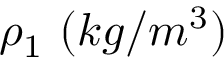
\rho _ { 1 } \mathrm { ~ } ( k g / m ^ { 3 } )